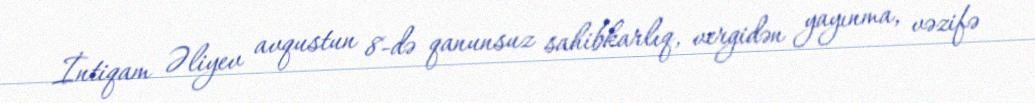
İntiqam Əliyev avqustun 8-də qanunsuz sahibkarlıq, vergidən yayınma, vəzifə